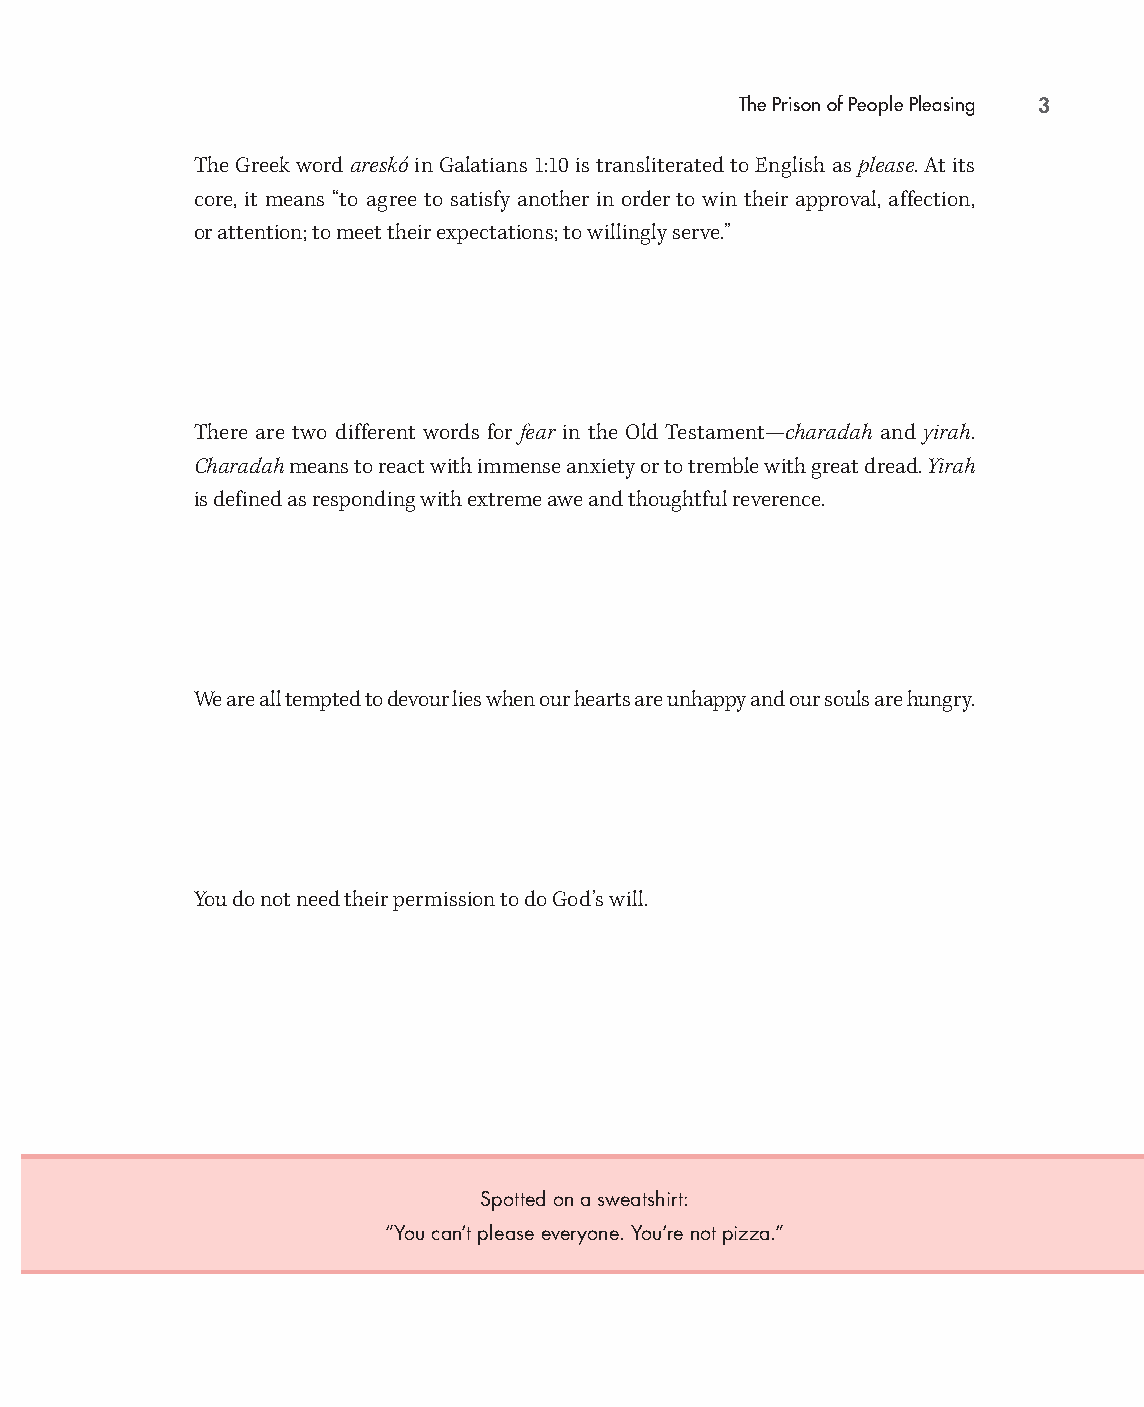
The Prison of People Pleasing 3
 The Greek word areskó in Galatians 1:10 is transliterated to English as please. At its
 core, it means “to agree to satisfy another in order to win their approval, affection,
 or attention; to meet their expectations; to willingly serve.”
 There are two different words for fear in the Old Testament— charadah and yirah.
 Charadah means to react with immense anxiety or to tremble with great dread. Yirah
 is defined as responding with extreme awe and thoughtful reverence.
 We are all tempted to devour lies when our hearts are unhappy and our souls are hungry.
 You do not need their permission to do God’s will.
 Spotted on a sweatshirt:
 “You can’t please everyone. You’re not pizza.”
 99778800331100008822776677__MMaakkiinnggOOtthheerrssHHaappppyySSGG__iinntt__SSCC..iinndddd 33 1100//1122//2211 11::1177 PPMM